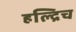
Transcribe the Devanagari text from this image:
हल्द्रिच